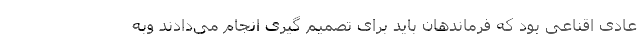
عادی اقناعی بود که فرماندهان باید برای تصمیم گیری انجام می‌دادند وبه